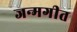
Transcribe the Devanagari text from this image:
जन्मगीत